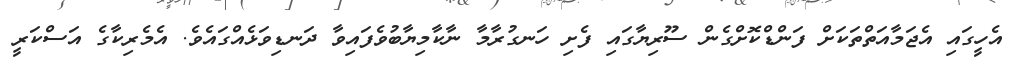
އެހީގައި އެޖަމާއަތްތަކަށް ފަންޑްކޮށްގެން ސޫރިޔާގައި ފެށި ހަނގުރާމާ ނާކާމިޔާބުވެފައިވާ ދަނޑިވަޅެއްގައެވެ. އެމެރިކާގެ އަސްކަރީ